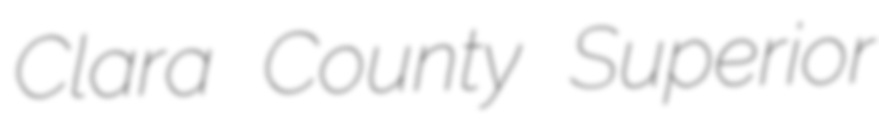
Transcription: Clara County Superior